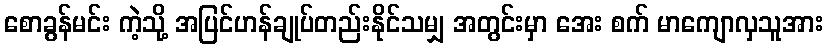
စောခွန်မင်း ကဲ့သို့ အပြင်ဟန်ချုပ်တည်းနိုင်သမျှ အတွင်းမှာ အေး စက် မာကျောလှသူအား